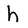
Character: h